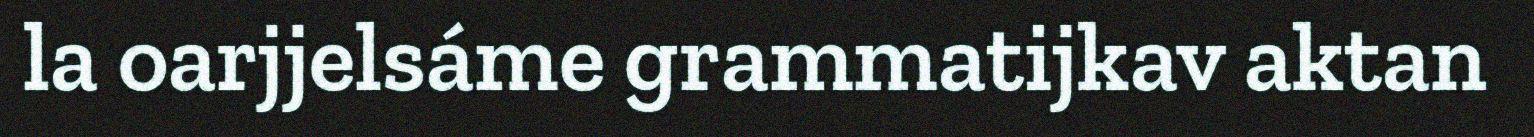
la oarjjelsáme grammatijkav aktan